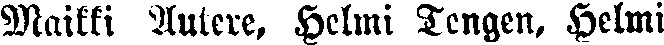
Maikki Autere, Helmi Tengen, Helmi